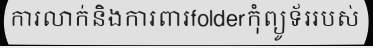
ការលាក់និងការពារfolderកុំព្យូទ័ររបស់